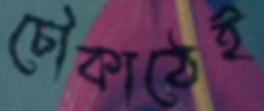
চৌকাঠেই